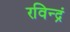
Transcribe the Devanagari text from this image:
रविन्द्रं